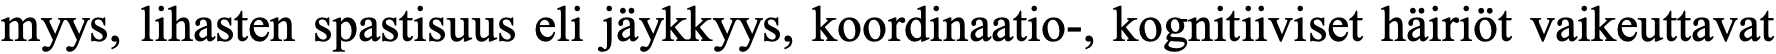
myys, lihasten spastisuus eli jäykkyys, koordinaatio-, kognitiiviset häiriöt vaikeuttavat